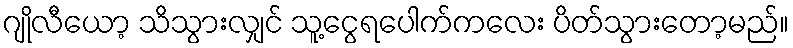
ဂျိုလီယော့ သိသွားလျှင် သူ့ငွေရပေါက်ကလေး ပိတ်သွားတော့မည်။